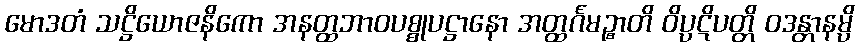
မောဒတံ သဋ္ဌိယောဇနိကော အနတ္ထဘာဝပစ္စုပဋ္ဌာနော အတ္ထင်္ဂမဉ္စာတိ ဝိပ္ပဋိပတ္တိ ဝဒန္တာနမ္ပိ